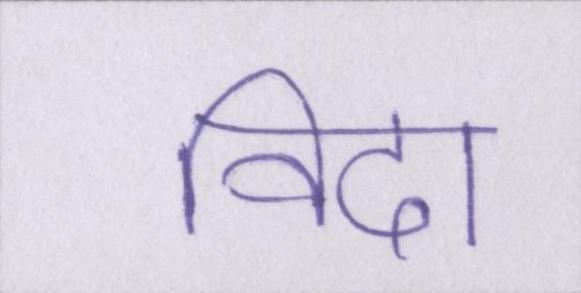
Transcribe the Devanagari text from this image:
विदा